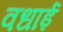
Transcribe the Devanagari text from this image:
वधाई